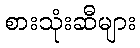
စားသုံးဆီများ